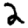
Digit: 2